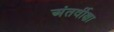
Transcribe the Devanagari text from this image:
अंतर्वीक्षा